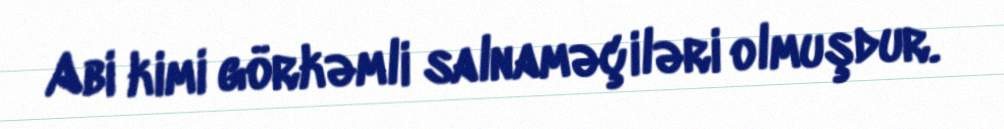
Abi kimi görkəmli salnaməçiləri olmuşdur.